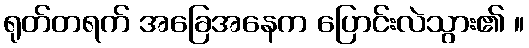
ရုတ်တရက် အခြေအနေက ပြောင်းလဲသွား၏ ။